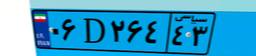
۰۲D۴۲۱۹۳